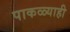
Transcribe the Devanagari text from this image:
पाकळ्याही